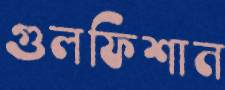
গুলফিশান